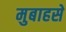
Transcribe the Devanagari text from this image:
मुबाहसे